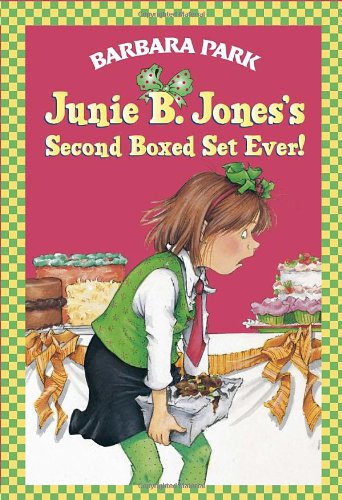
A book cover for Junie B. Jones's Second Boxed Set Ever! (Books 5-8); Barbara Park; Children's Books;